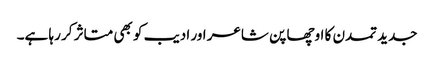
جدید تمدن کا اوچھا پن شاعر اور ادیب کو بھی متاثر کر رہا ہے۔